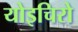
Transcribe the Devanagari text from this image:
योइचिरो